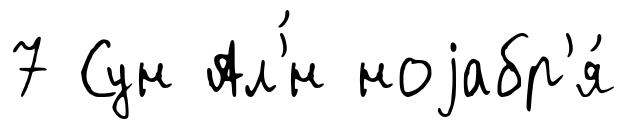
7 Сун Ал'́н ноjабр'я́